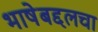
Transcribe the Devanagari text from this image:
भाषेबद्दलचा